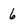
Character: 6